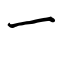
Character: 一